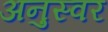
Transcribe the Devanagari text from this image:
अनुस्वर